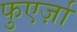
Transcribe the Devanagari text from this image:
फुएर्ज़ा